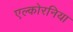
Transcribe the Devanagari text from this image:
एल्कोरनिया